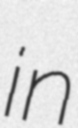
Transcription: in